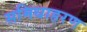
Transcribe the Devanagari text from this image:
समिधाहरण